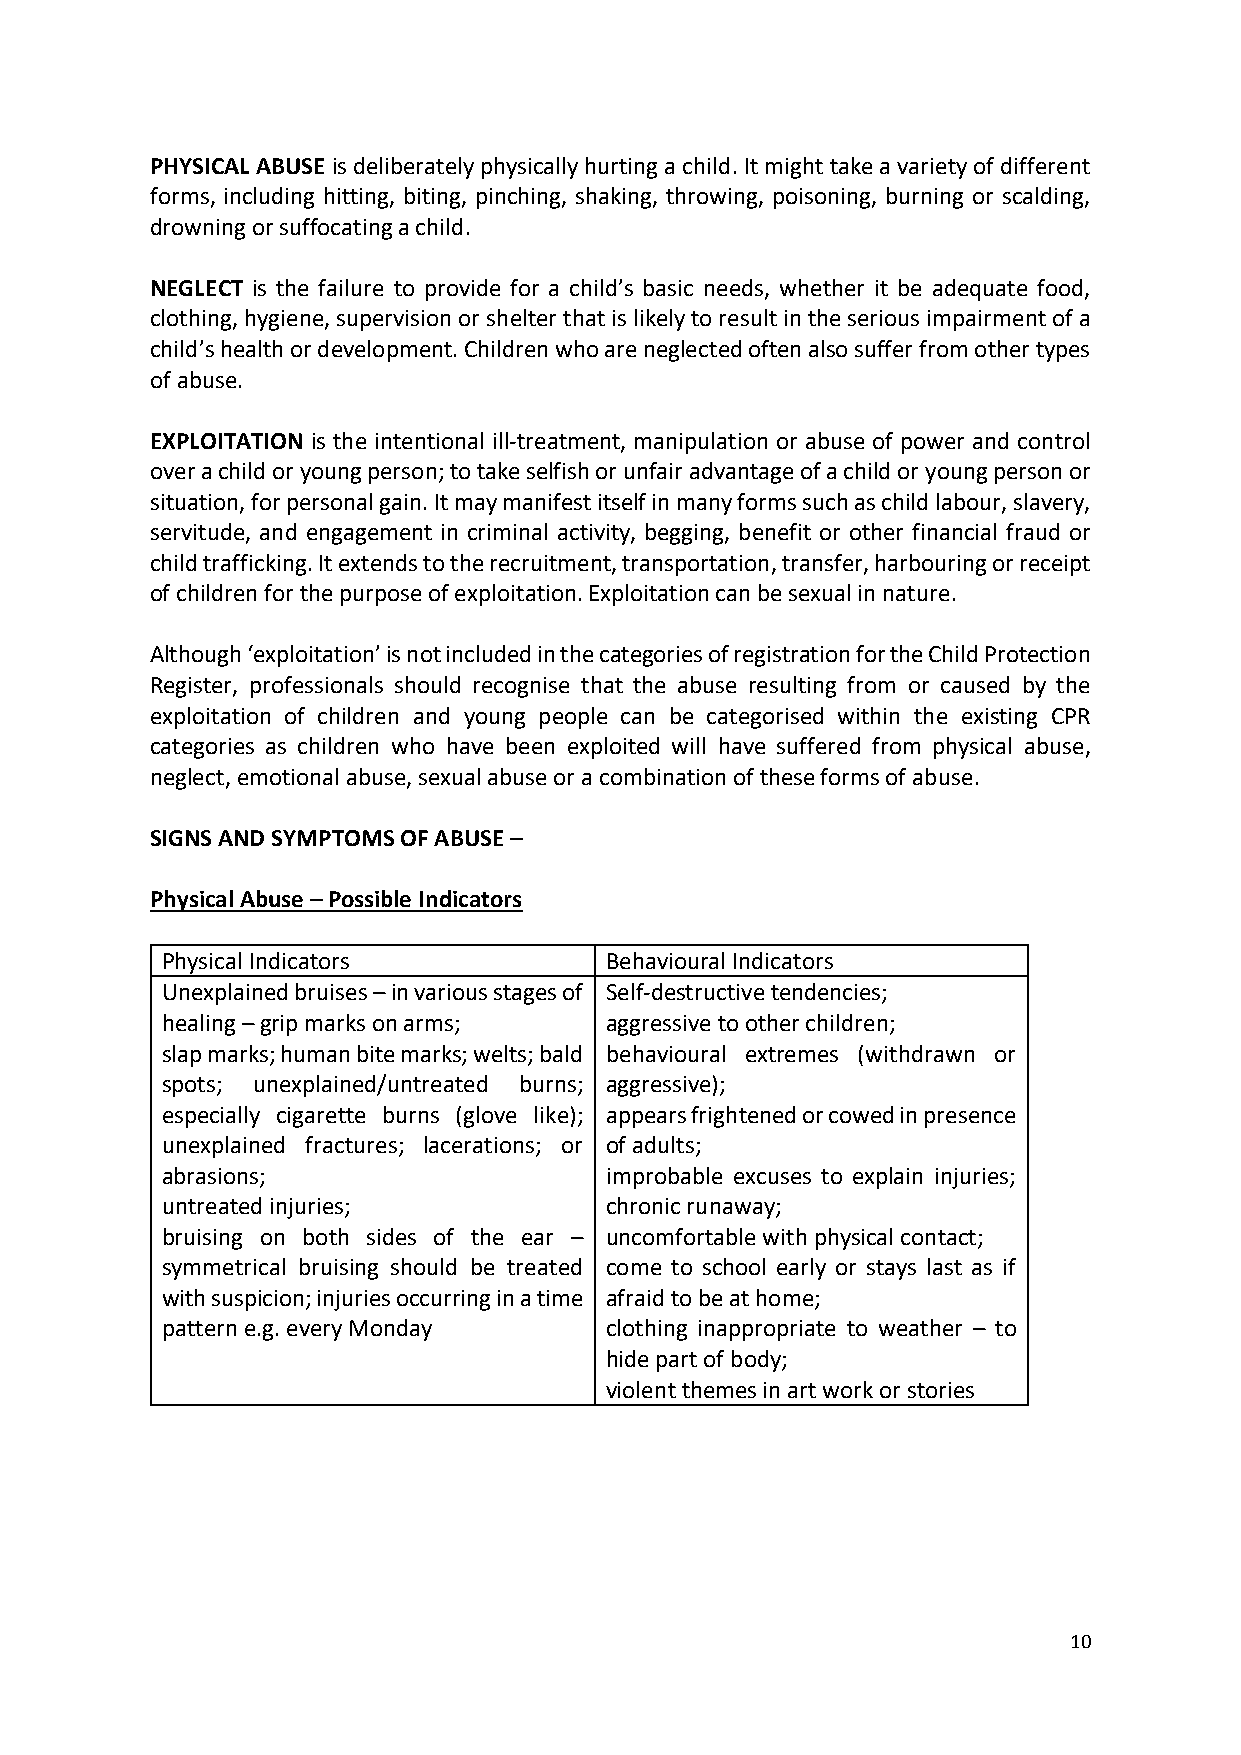
PHYSICAL ABUSE is deliberately physically hurting a child. It might take a variety of different
 forms, including hitting, biting, pinching, shaking, throwing, poisoning, burning or scalding,
 drowning or suffocating a child.
 NEGLECT is the failure to provide for a child’s basic needs, whether it be adequate food,
 clothing, hygiene, supervision or shelter that is likely to result in the serious impairment of a
 child’s health or development. Children who are neglected often also suffer from other types
 of abuse.
 EXPLOITATION is the intentional ill-treatment, manipulation or abuse of power and control
 over a child or young person; to take selfish or unfair advantage of a child or young person or
 situation, for personal gain. It may manifest itself in many forms such as child labour, slavery,
 servitude, and engagement in criminal activity, begging, benefit or other financial fraud or
 child trafficking. It extends to the recruitment, transportation, transfer, harbouring or receipt
 of children for the purpose of exploitation. Exploitation can be sexual in nature.
 Although ‘exploitation’ is not included in the categories of registration for the Child Protection
 Register, professionals should recognise that the abuse resulting from or caused by the
 exploitation of children and young people can be categorised within the existing CPR
 categories as children who have been exploited will have suffered from physical abuse,
 neglect, emotional abuse, sexual abuse or a combination of these forms of abuse.
 SIGNS AND SYMPTOMS OF ABUSE –
 Physical Abuse – Possible Indicators
 Physical Indicators          Behavioural Indicators
 Unexplained bruises – in various stages of Self-destructive tendencies;
 healing – grip marks on arms; aggressive to other children;
 slap marks; human bite marks; welts; bald behavioural extremes (withdrawn or
 spots; unexplained/untreated burns; aggressive);
 especially cigarette burns (glove like); appears frightened or cowed in presence
 unexplained fractures; lacerations; or of adults;
 abrasions;                   improbable excuses to explain injuries;
 untreated injuries;          chronic runaway;
 bruising on both sides of the ear – uncomfortable with physical contact;
 symmetrical bruising should be treated come to school early or stays last as if
 with suspicion; injuries occurring in a time afraid to be at home;
 pattern e.g. every Monday    clothing inappropriate to weather – to
 hide part of body;
 violent themes in art work or stories
 10